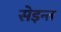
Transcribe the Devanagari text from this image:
सेइन्त